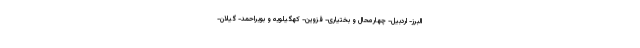
البرز- اردبیل- چهارمحال و بختیاری- قزوین- کهگیلویه و بویراحمد- گیلان-